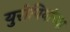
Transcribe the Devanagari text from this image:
युरोपियांच्या